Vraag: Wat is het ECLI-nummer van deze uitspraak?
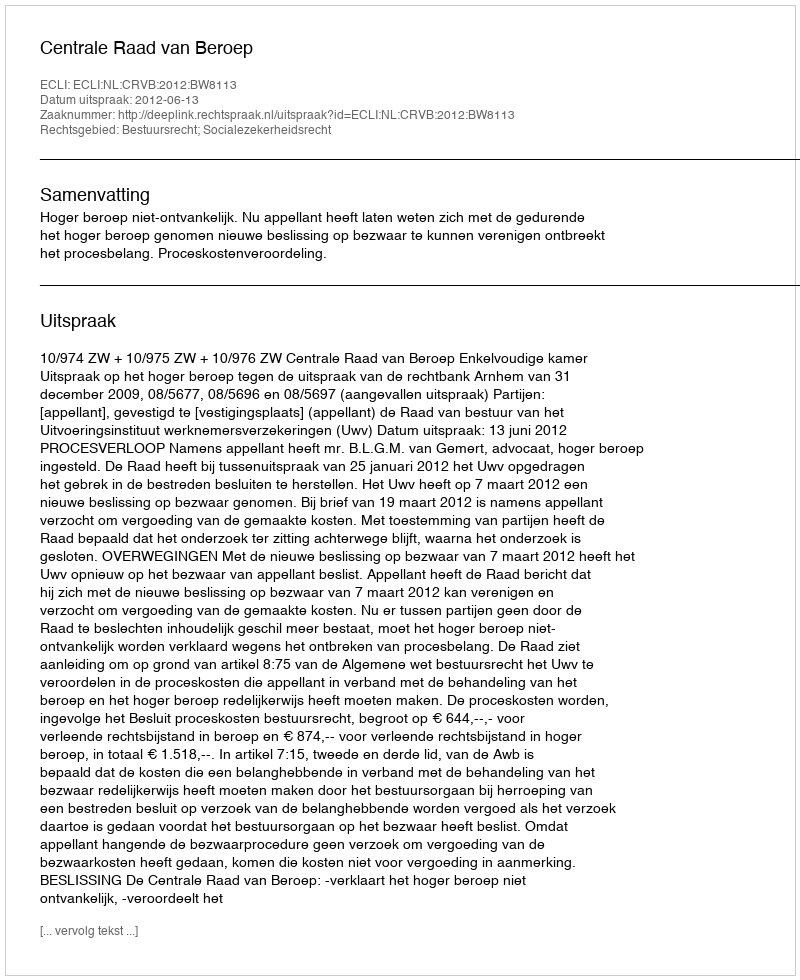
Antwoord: ECLI:NL:CRVB:2012:BW8113